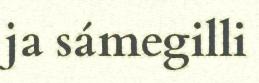
ja sámegilli